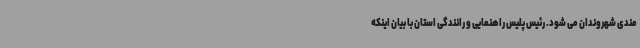
مندی شهروندان می شود. رئیس پلیس راهنمایی و رانندگی استان با بیان اینکه